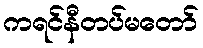
ကရင်နီတပ်မတော်